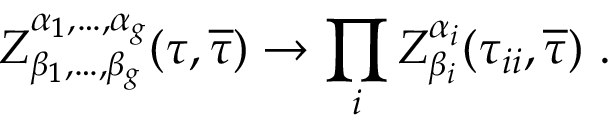
Z _ { \beta _ { 1 } , \dots , \beta _ { g } } ^ { \alpha _ { 1 } , \dots , \alpha _ { g } } ( \tau , { \overline { { { \tau } } } } ) \rightarrow \prod _ { i } Z _ { \beta _ { i } } ^ { \alpha _ { i } } ( \tau _ { i i } , { \overline { { { \tau } } } } ) ~ .